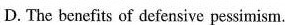
D.The benefits of defensive pessimism.